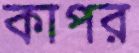
কাপর